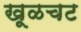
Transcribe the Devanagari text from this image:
खूळचट